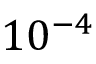
1 0 ^ { - 4 }